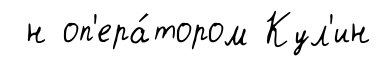
н оп'ера́тором Кул'ин